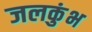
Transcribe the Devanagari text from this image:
जलकुंभ